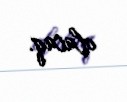
olacaq.